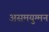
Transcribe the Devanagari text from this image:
असमयुग्मन